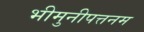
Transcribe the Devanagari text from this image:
भीमुनीपत्तनम